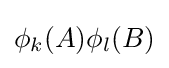
\phi _{k}(A)\phi _{l}(B)